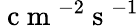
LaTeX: \mathrm{~c~m~}^{-2}\mathrm{~s~}^{-1}